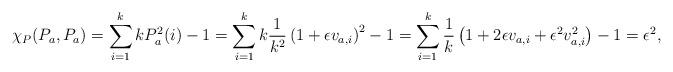
LaTeX: \begin{align*}\chi_P(P_a,P_a) &= \sum_{i=1}^k kP_a^2(i) - 1 = \sum_{i=1}^k k \frac{1}{k^2} \left( 1 + \epsilon v_{a,i} \right)^2 - 1= \sum_{i=1}^k \frac{1}{k} \left( 1 + 2\epsilon v_{a,i} + \epsilon^2 v_{a,i}^2 \right) - 1 = \epsilon^2,\end{align*}